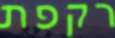
רקפת